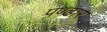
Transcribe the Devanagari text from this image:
पण्‍ढार